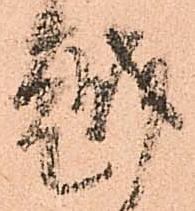
越